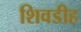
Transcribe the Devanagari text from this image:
शिवडीह